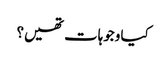
کیا وجوہات تھیں؟